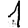
Digit: 1